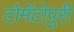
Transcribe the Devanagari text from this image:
टोमॅटोपुरी